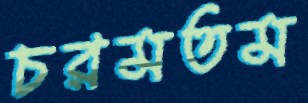
চরমতম